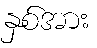
နှစ်အား